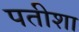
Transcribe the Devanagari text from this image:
पतीशा